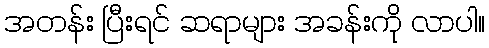
အတန်း ပြီးရင် ဆရာများ အခန်းကို လာပါ။